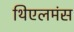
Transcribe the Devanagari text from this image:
थिएलमंस